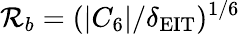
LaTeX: \mathcal{R}_{b}=(|C_{6}|/\delta_{\mathrm{{EIT}}})^{1/6}